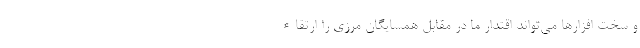
و سخت افزارها می‌تواند اقتدار ما در مقابل همسایگان مرزی را ارتقاء